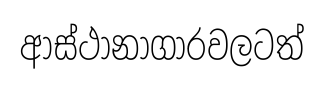
ආස්ථානාගාරවලටත්